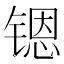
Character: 𮸚